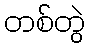
တစ်တွဲ